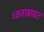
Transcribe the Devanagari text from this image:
ध्वजाबाबत